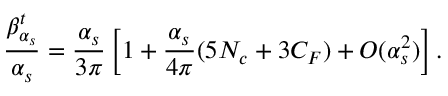
\frac { \beta _ { \alpha _ { s } } ^ { t } } { \alpha _ { s } } = \frac { \alpha _ { s } } { 3 \pi } \left[ 1 + \frac { \alpha _ { s } } { 4 \pi } ( 5 N _ { c } + 3 C _ { F } ) + { \cal O } ( \alpha _ { s } ^ { 2 } ) \right] .